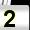
Digit: 2